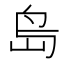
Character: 𡷊